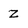
Character: z